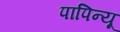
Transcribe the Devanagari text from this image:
पापिन्यू